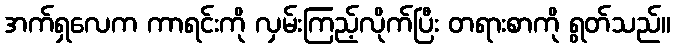
အက်ရှလေက ကာရင်းကို လှမ်းကြည့်လိုက်ပြီး တရားစာကို ရွတ်သည်။